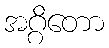
အဂ္ဂိတော